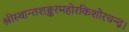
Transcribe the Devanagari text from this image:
श्रीस्वान्तशङ्करमहोरकिशोरचन्द्र।